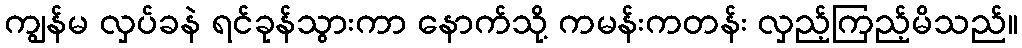
ကျွန်မ လှပ်ခနဲ ရင်ခုန်သွားကာ နောက်သို့ ကမန်းကတန်း လှည့်ကြည့်မိသည်။